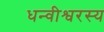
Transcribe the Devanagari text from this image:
धन्वीश्वरस्य